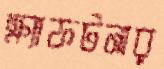
ক্র্যাফটনার